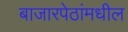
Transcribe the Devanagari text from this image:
बाजारपेठांमधील